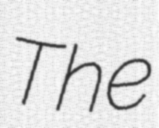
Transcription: The